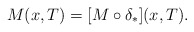
\begin{align*} M(x,T) = [M \circ \delta_*](x,T). \end{align*}